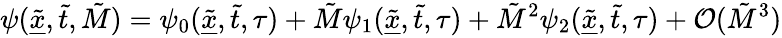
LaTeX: \psi(\underline{{\tilde{x}}},\tilde{t},\tilde{M})=\psi_{0}(\underline{{\tilde{x}}},\tilde{t},\tau)+\tilde{M}\psi_{1}(\underline{{\tilde{x}}},\tilde{t},\tau)+\tilde{M}^{2}\psi_{2}(\underline{{\tilde{x}}},\tilde{t},\tau)+\mathcal{O}(\tilde{M}^{3})